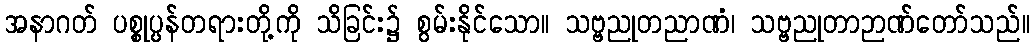
အနာဂတ် ပစ္စုပ္ပန်တရားတို့ကို သိခြင်း၌ စွမ်းနိုင်သော။ သဗ္ဗညုတညာဏံ၊ သဗ္ဗညုတာဉာဏ်တော်သည်။